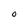
Character: O